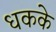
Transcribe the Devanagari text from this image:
धकके